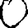
Digit: 0